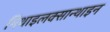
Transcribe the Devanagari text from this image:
मिथाइलक्सान्थाइन